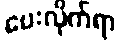
ပေးလိုက်ရာ